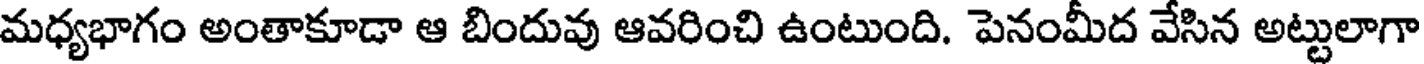
మధ్యభాగం అంతాకూడా ఆ బిందువు ఆవరించి ఉంటుంది. పెనంమీద వేసిన అట్టులాగా